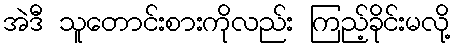
အဲဒီ သူတောင်းစားကိုလည်း ကြည့်ခိုင်းမလို့